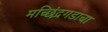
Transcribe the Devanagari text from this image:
मच्छिंद्रगडाचा